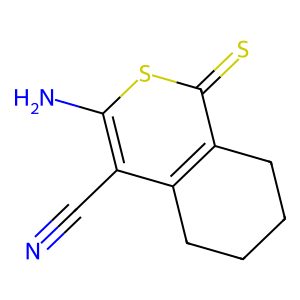
SMILES: N#Cc1c(N)sc(=S)c2c1CCCC2
Inhibits HIV replication: No